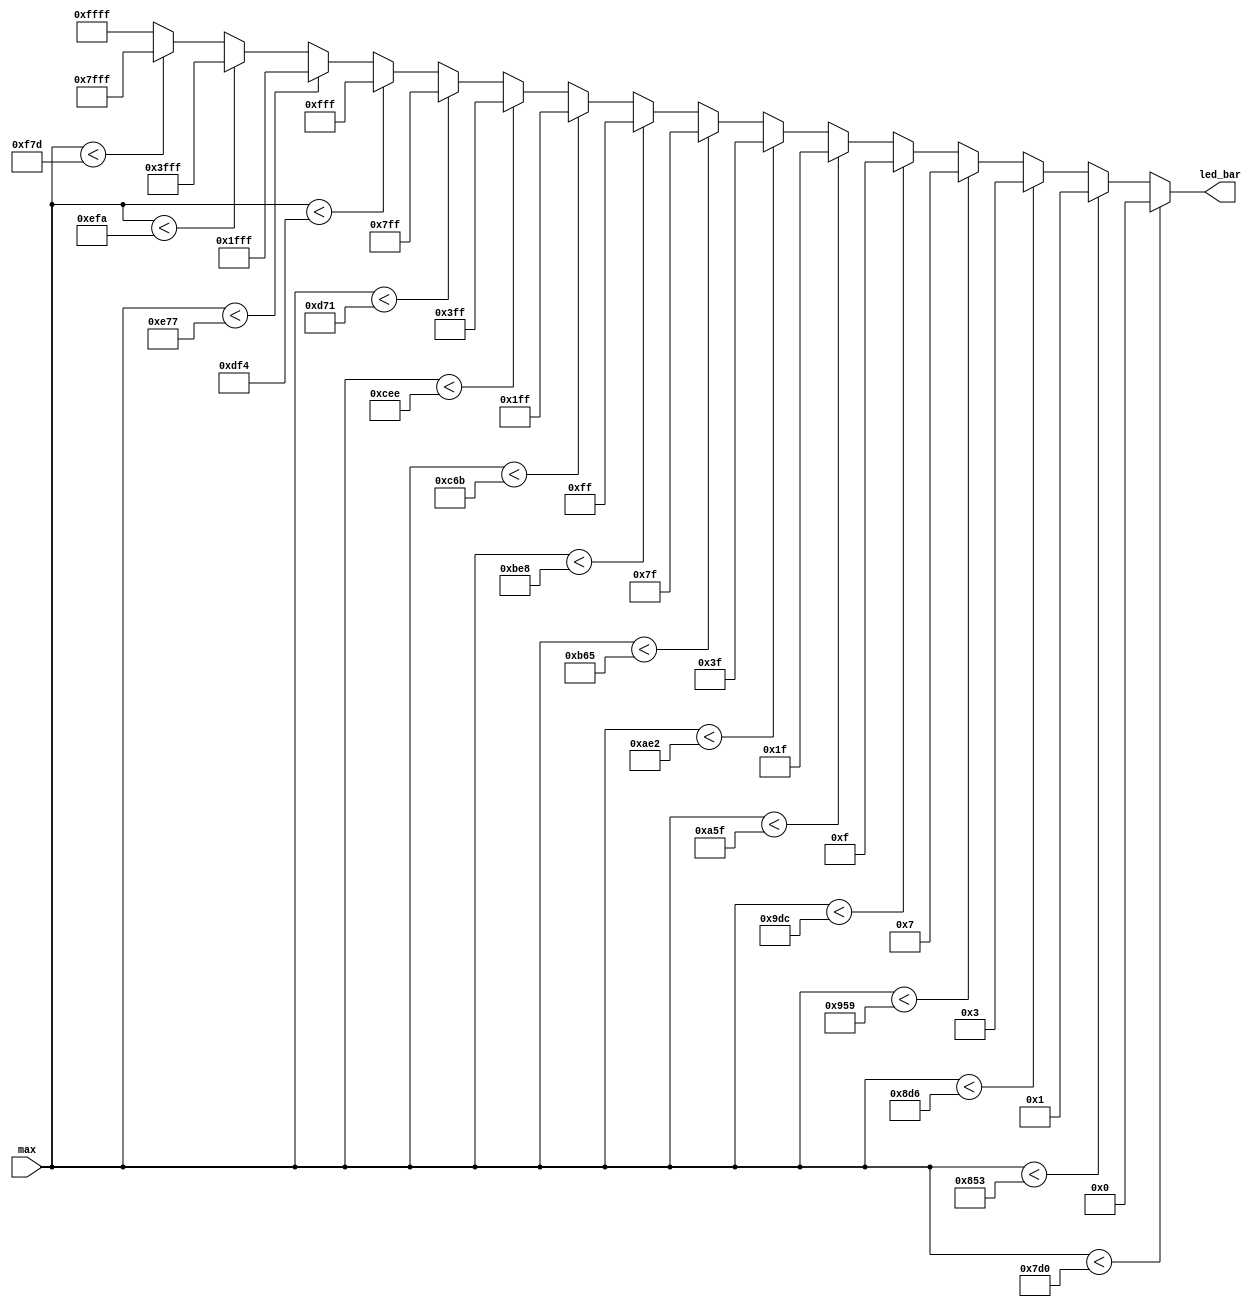
`timescale 1ns / 1ps
//////////////////////////////////////////////////////////////////////////////////
// Company: 
// Engineer: 
// 
// Design Name: 
// Module Name: Led_Bar
// Project Name: 
// Target Devices: 
// Tool Versions: 
// Description: 
// 
// Dependencies: 
// 
// Revision:
// Revision 0.01 - File Created
// Additional Comments:
// 
//////////////////////////////////////////////////////////////////////////////////


module Led_Bar(
    input [11:0] max,
    output reg [15:0] led_bar = 0
    );
    
    always @ (*) begin
        if (max < 2000) begin led_bar = 16'b0; end 
        else if (max < 2131) begin led_bar = 16'b0000000000000001; end 
        else if (max < 2262) begin led_bar = 16'b0000000000000011; end
        else if (max < 2393) begin led_bar = 16'b0000000000000111; end
        else if (max < 2524) begin led_bar = 16'b0000000000001111; end
        else if (max < 2655) begin led_bar = 16'b0000000000011111; end
        else if (max < 2786) begin led_bar = 16'b0000000000111111; end
        else if (max < 2917) begin led_bar = 16'b0000000001111111; end
        else if (max < 3048) begin led_bar = 16'b0000000011111111; end
        else if (max < 3179) begin led_bar = 16'b0000000111111111; end
        else if (max < 3310) begin led_bar = 16'b0000001111111111; end
        else if (max < 3441) begin led_bar = 16'b0000011111111111; end
        else if (max < 3572) begin led_bar = 16'b0000111111111111; end
        else if (max < 3703) begin led_bar = 16'b0001111111111111; end
        else if (max < 3834) begin led_bar = 16'b0011111111111111; end
        else if (max < 3965) begin led_bar = 16'b0111111111111111; end
        else begin led_bar = 16'b1111111111111111; end
    end
        
endmodule